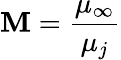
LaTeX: \mathbf{M}=\frac{{\mu_{\infty}}}{{\mu_{j}}}